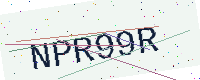
Text: NPR99R